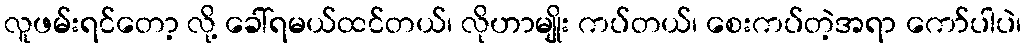
လူဖမ်းရင်တော့ လို့ ခေါ်ရမယ်ထင်တယ်၊ လိုဟာမျိုး ကပ်တယ်၊ စေးကပ်တဲ့အရာ ကော်ပါပဲ၊